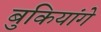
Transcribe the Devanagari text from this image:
बुकियांगे